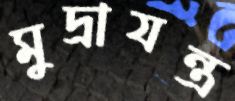
মুদ্রাযন্ত্র